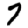
Digit: 7